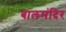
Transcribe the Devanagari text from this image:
बालमंदिर